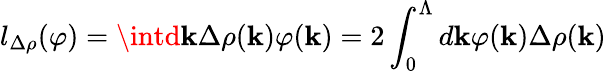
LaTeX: l_{\Delta\rho}(\varphi)=\intd\mathbf{k}\Delta\rho(\mathbf{k})\varphi(\mathbf{k})=2\int_{0}^{\Lambda}d\mathbf{k}\varphi(\mathbf{k})\Delta\rho(\mathbf{k})